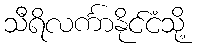
သီရိလင်္ကာနိုင်ငံသို့